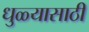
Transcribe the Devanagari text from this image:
धुळ्यासाठी